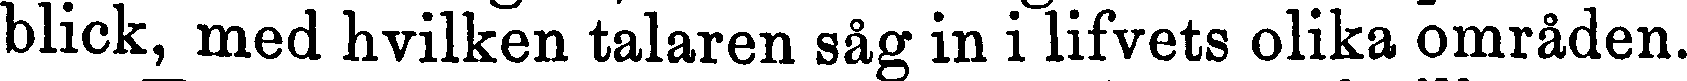
blick, med hvilken talaren såg in i lifvets olika områden.